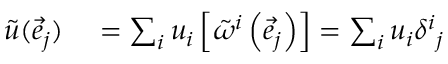
\begin{array} { r l } { { \tilde { u } } ( { \vec { e } } _ { j } ) } & { { } = \sum _ { i } u _ { i } \left[ { \tilde { \omega } } ^ { i } \left( { \vec { e } } _ { j } \right) \right] = \sum _ { i } u _ { i } { \delta ^ { i } } _ { j } } \end{array}